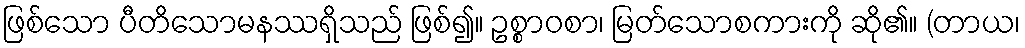
ဖြစ်သော ပီတိသောမနဿရှိသည် ဖြစ်၍။ ဥစ္စာဝစာ၊ မြတ်သောစကားကို ဆို၏။ (တာယ၊